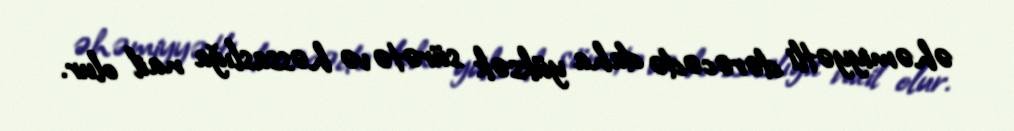
əhəmiyyətli dərəcədə daha yüksək sürətə və həssaslığa nail olur.